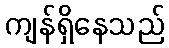
ကျန်ရှိနေသည်